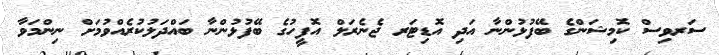
ސަރވިސް ކޮމިޝަންގެ ބޭފުޅުންނާ އަދި އޮޑިޓަރ ޖެނެރަލް އޮފީހުގެ ބޭފުޅުންނާ ބައްދަލުކުރެއްވުމަށް ނިންމަވާ